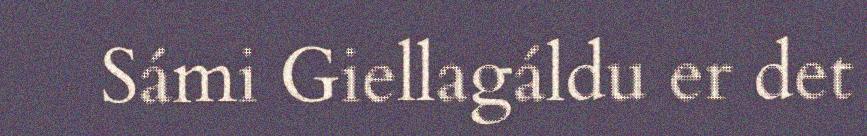
Sámi Giellagáldu er det